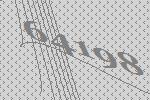
64198